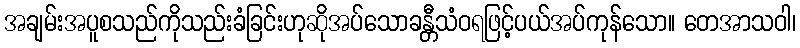
အချမ်းအပူစသည်ကိုသည်းခံခြင်းဟုဆိုအပ်သောခန္တီသံဝရဖြင့်ပယ်အပ်ကုန်သော။ တေအာသဝါ၊